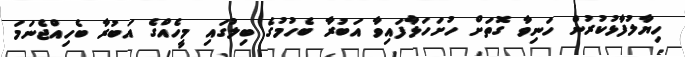
ހިޔާލުފާޅުކުރުން ހަނިވާ ގޮތަށް ހުށަހަޅާފައިވާ އަބުރާ ބެހުމުގެ ބިލުގައި މީހެއްގެ އަބުރާ ބެހިއްޖެނަމަ